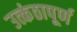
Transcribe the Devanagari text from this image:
उत्कंठापूर्ण